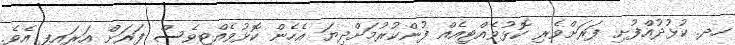
ހދ. ކުޅުދުއްފުށި ފަރަށްވެރި ކޮޅުވެއްޓިއެއް ފުންކުރުމަށްދިޔަ އެހެން ކޮޅުވެއްޓިވެސް ފަރަށް އަރައިފި އެވެ.